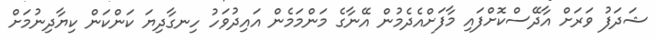
ޝަދަފު ވަރަށް އާދޭސްކޮށްފައި މާފަށްއެދެމުން އޭނާގެ މަންމަމެން އައިދުވަހު ހިނގާދިޔަ ކަންކަން ކިޔާދިނުމަށް